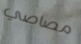
مصاصي